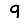
Digit: 9